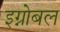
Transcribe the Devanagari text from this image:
इग्नोबल